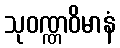
သုဝဏ္ဏဝိမာနံ